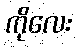
ကိုလေး